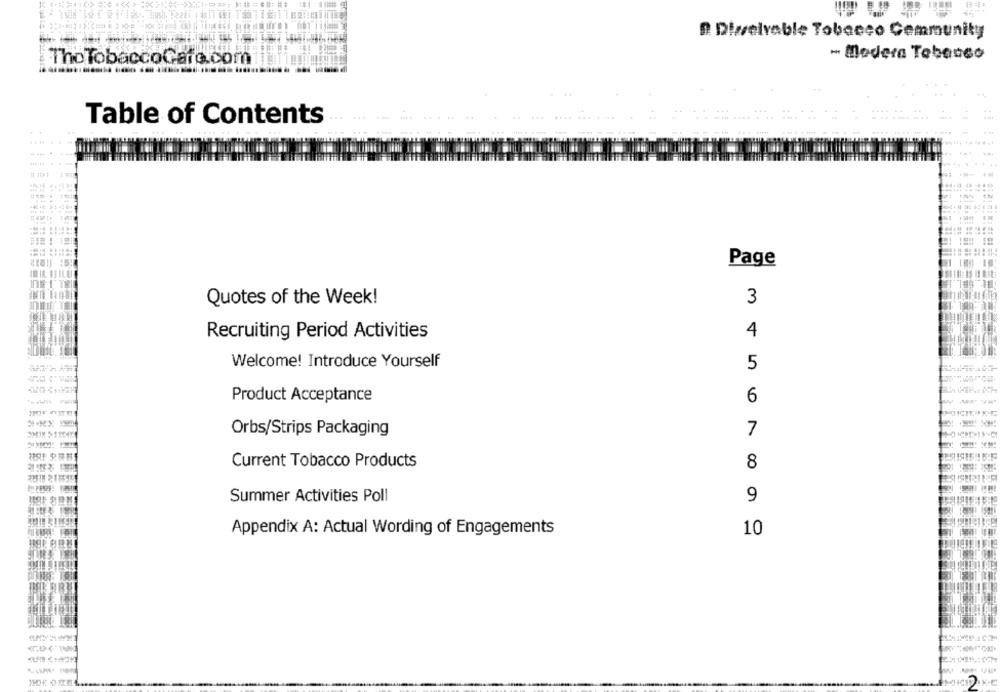
D. Dizselvable Tobacco Community
- Madera Tebasso
The TobaccoGafe.com
Table of Contents
Page
3
Quotes of the Week!
4
Recruiting Period Activities
Welcome! Introduce Yourself
5
Product Acceptance
6
7
Orbs/Strips Packaging
花生 究林料
Current Tobacco Products
8
Summer Activities Poll
9
Appendix A: Actual Wording of Engagements
10